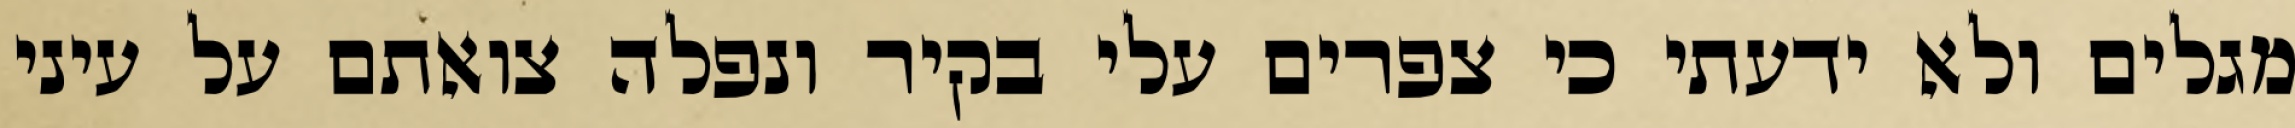
מגלים ולא ידעתי כי צפרים עלי בקיר‏ ונפלה צואתם על עיני